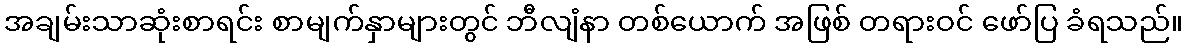
အချမ်းသာဆုံးစာရင်း စာမျက်နှာများတွင် ဘီလျံနာ တစ်ယောက် အဖြစ် တရားဝင် ဖော်ပြ ခံရသည်။